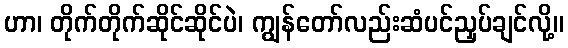
ဟာ၊ တိုက်တိုက်ဆိုင်ဆိုင်ပဲ၊ ကျွန်တော်လည်းဆံပင်ညှပ်ချင်လို့။